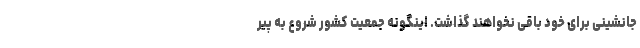
جانشینی برای خود باقی نخواهند گذاشت. اینگونه جمعیت کشور شروع به پیر